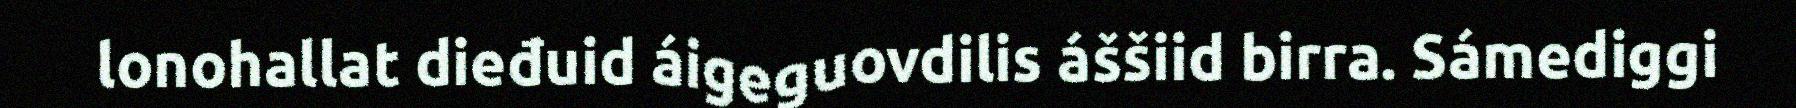
lonohallat dieđuid áigeguovdilis áššiid birra. Sámediggi